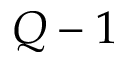
Q - 1